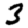
Digit: 3